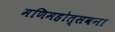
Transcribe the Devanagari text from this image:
मणिमहोत्सवना